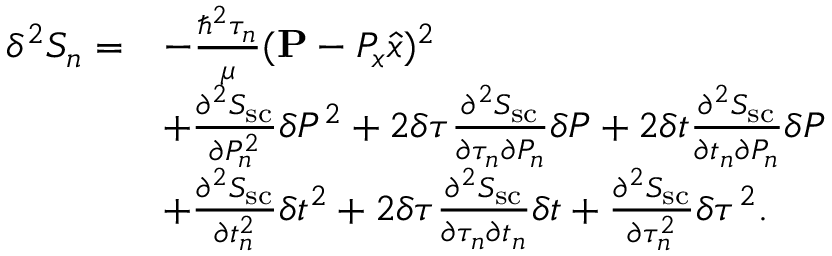
\begin{array} { r l } { \delta ^ { 2 } S _ { n } = } & { - \frac { \hbar ^ { 2 } \tau _ { n } } { \mu } ( { \bf P } - P _ { x } \hat { x } ) ^ { 2 } } \\ & { + \frac { \partial ^ { 2 } S _ { \mathrm { s c } } } { \partial P _ { n } ^ { 2 } } \delta P ^ { 2 } + 2 \delta \tau \frac { \partial ^ { 2 } S _ { \mathrm { s c } } } { \partial \tau _ { n } \partial P _ { n } } \delta P + 2 \delta t \frac { \partial ^ { 2 } S _ { \mathrm { s c } } } { \partial t _ { n } \partial P _ { n } } \delta P } \\ & { + \frac { \partial ^ { 2 } S _ { \mathrm { s c } } } { \partial t _ { n } ^ { 2 } } \delta t ^ { 2 } + 2 \delta \tau \frac { \partial ^ { 2 } S _ { \mathrm { s c } } } { \partial \tau _ { n } \partial t _ { n } } \delta t + \frac { \partial ^ { 2 } S _ { \mathrm { s c } } } { \partial \tau _ { n } ^ { 2 } } \delta \tau ^ { 2 } . } \end{array}